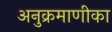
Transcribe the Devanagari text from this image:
अनुक्रमाणीका